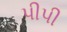
પીપી